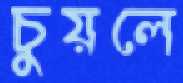
চুয়লে